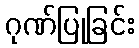
ဂုဏ်ပြုခြင်း